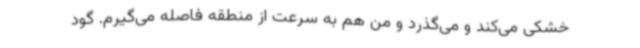
خشکی می‌کند و می‌گذرد و من هم به سرعت از منطقه فاصله می‌گیرم. گود